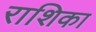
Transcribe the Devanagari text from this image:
राशिका